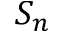
S _ { n }